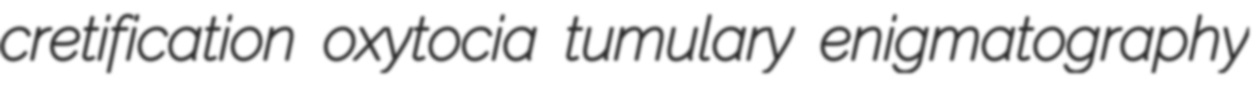
cretification oxytocia tumulary enigmatography